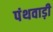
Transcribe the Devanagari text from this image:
पंथवाड़ी